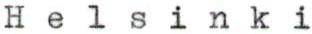
Helsinki